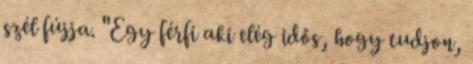
szél fújja. "Egy férfi aki elég idős, hogy tudjon,